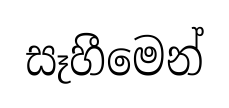
සෑහීමෙන්